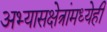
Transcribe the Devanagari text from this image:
अभ्यासक्षेत्रांमध्येही